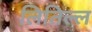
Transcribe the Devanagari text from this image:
लितिल्ल